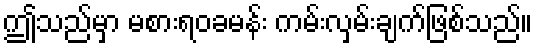
ဤသည်မှာ မစားရဝခမန်း ကမ်းလှမ်းချက်ဖြစ်သည်။